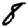
Digit: 8